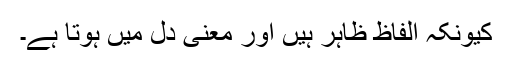
کیونکہ الفاظ ظاہر ہیں اور معنی دل میں ہوتا ہے۔